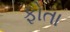
ફોતા